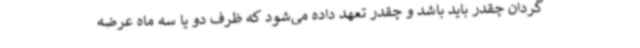
گردان چقدر باید باشد و چقدر تعهد داده می‌شود که ظرف دو یا سه ماه عرضه